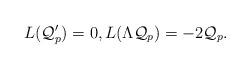
LaTeX: \begin{align*}L(\mathcal{Q}_p')=0,L(\Lambda \mathcal{Q}_p)=-2\mathcal{Q}_p.\end{align*}